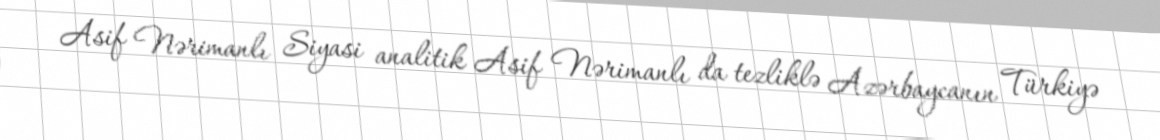
Asif Nərimanlı Siyasi analitik Asif Nərimanlı da tezliklə Azərbaycanın Türkiyə